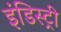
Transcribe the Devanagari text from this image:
इंडिस्ट्री